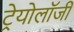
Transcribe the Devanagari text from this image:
ट्रेयोलॉजी